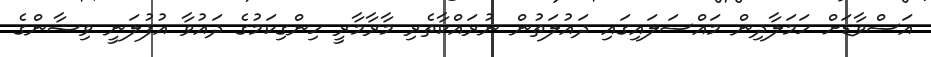
އަސްވާޑަށް ހަމަލާދިން މައްސަލައިގައި ދައުލަތުން ނުރައްކާތެރި މާރާމާރީ ހިންގިކަމުގެ ދައުވާ އުފުލަނީ ވިޝާންގެ